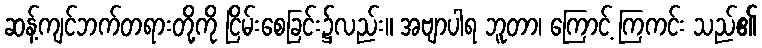
ဆန့်ကျင်ဘက်တရားတို့ကို ငြိမ်းစေခြင်း၌လည်း။ အဗျာပါရ ဘူတာ၊ ကြောင့် ကြကင်း သည်၏